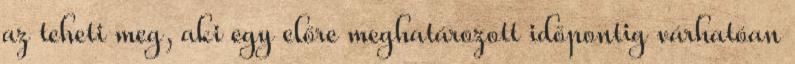
az teheti meg, aki egy előre meghatározott időpontig várhatóan